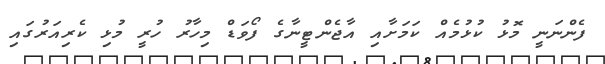
ފެންނަނީ މޮޅު ކުޅުމެއް ކަމަށާއި އާޖެންޓީނާގެ ފޯވަޑް މިހާރު ހުރީ މުޅި ކެރިއަރުގައި